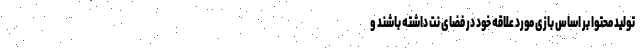
تولید محتوا بر اساس بازی مورد علاقه خود در فضای نت داشته باشند و